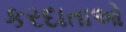
કરદાતાઓ